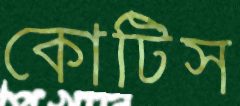
কোটিস